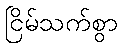
ငြိမ်သက်စွာ